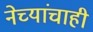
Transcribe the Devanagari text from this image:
नेच्यांचाही